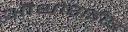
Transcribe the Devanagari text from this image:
ऑथोराईस्ड